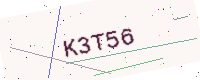
Text: K3T56